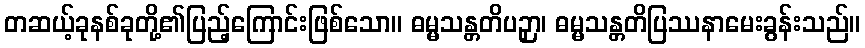
တဆယ့်ခုနစ်ခုတို့၏ပြည့်ကြောင်းဖြစ်သော။ ဓမ္မသန္တတိပဉှာ၊ ဓမ္မသန္တတိပြဿနာမေးခွန်းသည်။